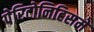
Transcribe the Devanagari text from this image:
पेरिटोनिटिसमें